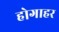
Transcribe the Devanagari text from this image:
होगाहर